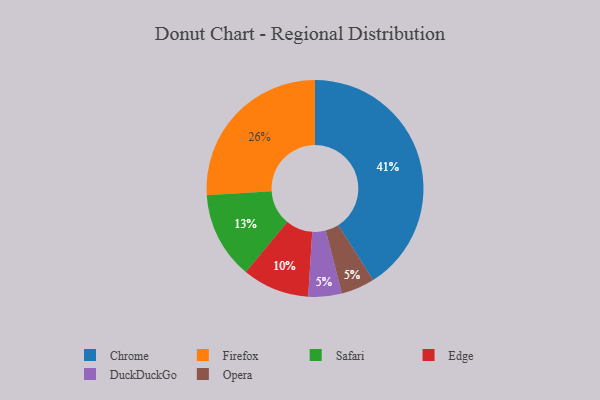
{"axis": {"x": "Category", "y": "Percentage"}, "legend": ["Chrome", "DuckDuckGo", "Edge", "Firefox", "Opera", "Safari"], "data": [{"x": "DuckDuckGo", "y": 5, "type": "DuckDuckGo"}, {"x": "Edge", "y": 10, "type": "Edge"}, {"x": "Safari", "y": 13, "type": "Safari"}, {"x": "Chrome", "y": 41, "type": "Chrome"}, {"x": "Firefox", "y": 26, "type": "Firefox"}, {"x": "Opera", "y": 5, "type": "Opera"}]}